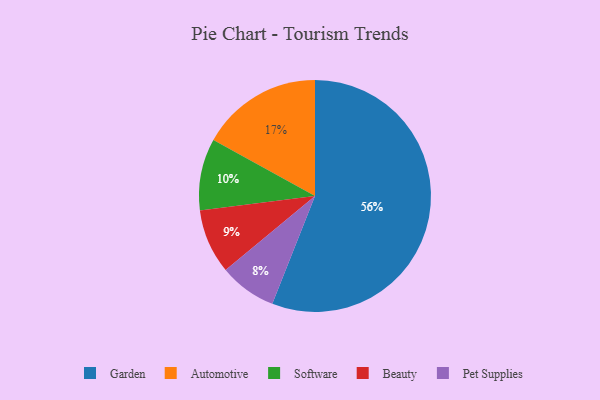
{"axis": {"x": "Category", "y": "Percentage"}, "legend": ["Automotive", "Beauty", "Garden", "Pet Supplies", "Software"], "data": [{"x": "Software", "y": 10, "type": "Software"}, {"x": "Pet Supplies", "y": 8, "type": "Pet Supplies"}, {"x": "Automotive", "y": 17, "type": "Automotive"}, {"x": "Beauty", "y": 9, "type": "Beauty"}, {"x": "Garden", "y": 56, "type": "Garden"}]}